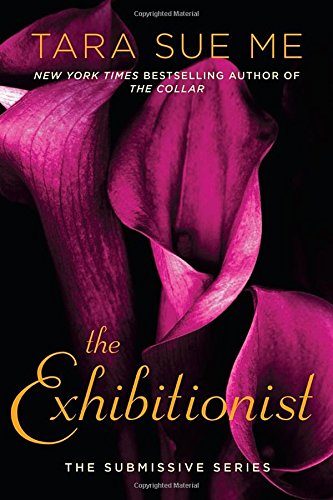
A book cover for The Exhibitionist: The Submissive Series; Tara Sue Me; Romance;